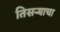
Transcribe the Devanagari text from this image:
तिसऱ्याचा